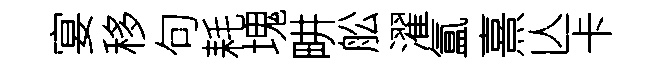
宴移句耗塊畊舩濯氲熹亾卡